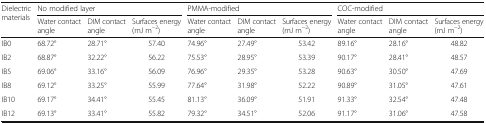
<table><thead><tr><td rowspan="2"><b>Dielectric materials</b></td><td colspan="3"><b>No modified layer</b></td><td colspan="3"><b>PMMA-modified</b></td><td colspan="3"><b>COC-modified</b></td></tr><tr><td><b>Water contact angle</b></td><td><b>DIM contact angle</b></td><td><b>Surfaces energy (mJ m<sup>−2</sup>)</b></td><td><b>Water contact angle</b></td><td><b>DIM contact angle</b></td><td><b>Surfaces energy (mJ m<sup>−2</sup>)</b></td><td><b>Water contact angle</b></td><td><b>DIM contact angle</b></td><td><b>Surfaces energy (mJ m<sup>−2</sup>)</b></td></tr></thead><tbody><tr><td>IB0</td><td>68.72°</td><td>28.71°</td><td>57.40</td><td>74.96°</td><td>27.49°</td><td>53.42</td><td>89.16°</td><td>28.16°</td><td>48.82</td></tr><tr><td>IB2</td><td>68.87°</td><td>32.22°</td><td>56.22</td><td>75.53°</td><td>28.95°</td><td>53.39</td><td>90.17°</td><td>28.41°</td><td>48.57</td></tr><tr><td>IB5</td><td>69.06°</td><td>33.16°</td><td>56.09</td><td>76.96°</td><td>29.35°</td><td>53.28</td><td>90.63°</td><td>30.50°</td><td>47.69</td></tr><tr><td>IB8</td><td>69.12°</td><td>33.25°</td><td>55.99</td><td>77.64°</td><td>31.98°</td><td>52.22</td><td>90.89°</td><td>31.05°</td><td>47.61</td></tr><tr><td>IB10</td><td>69.17°</td><td>34.41°</td><td>55.45</td><td>81.13°</td><td>36.09°</td><td>51.91</td><td>91.33°</td><td>32.54°</td><td>47.48</td></tr><tr><td>IB12</td><td>69.13°</td><td>33.41°</td><td>55.82</td><td>79.32°</td><td>34.51°</td><td>52.06</td><td>91.17°</td><td>31.06°</td><td>47.58</td></tr></tbody></table>